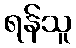
ရန်သူ